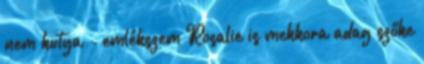
nem kutya - emlékszem Rosalie is mekkora adag szőke